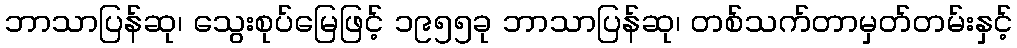
ဘာသာပြန်ဆု၊ သွေးစုပ်မြေဖြင့် ၁၉၅၅ခု ဘာသာပြန်ဆု၊ တစ်သက်တာမှတ်တမ်းနှင့်